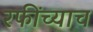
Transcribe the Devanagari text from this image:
रफींच्याच